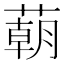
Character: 𦺓